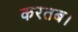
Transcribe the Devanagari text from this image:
करतब।